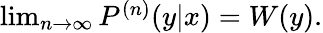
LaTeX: \begin{array}{r}{\operatorname*{lim}_{n\to\infty}P^{(n)}(y|x)=W(y).}\end{array}